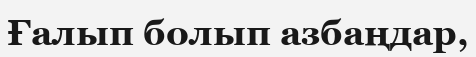
Ғалып болып азбаңдар,